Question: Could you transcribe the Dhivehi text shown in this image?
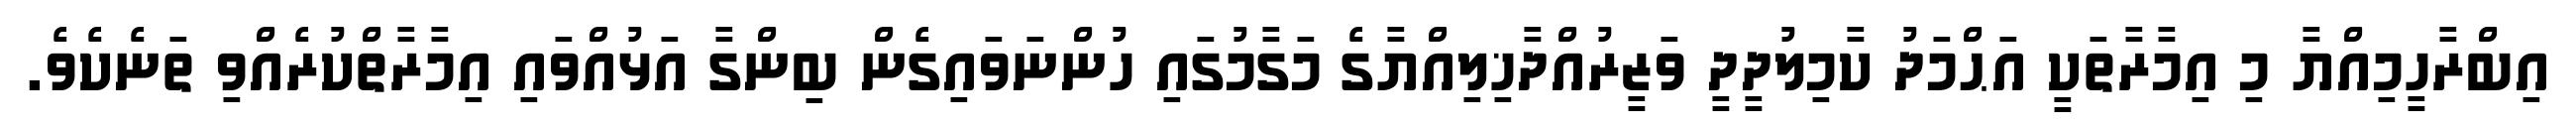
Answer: އިބްރާހީމިއްޔާ މި އިމާރާތަކީ އަޙްމަދު ކާމިލުދީދީ ވަޒީރުއްދާޚިލިއްޔާގެ މަގާމުގައި ހުންނަވައިގެން ބިންގާ އަޅުއްވައި އިމާރާތްކުރެއްވި ތަނެކެވެ.